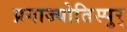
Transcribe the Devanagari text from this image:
प्रगाज्योतिस्पुर्